Indian journal of veterinary science and animal husbandry - Volume 4,
Year: 1934
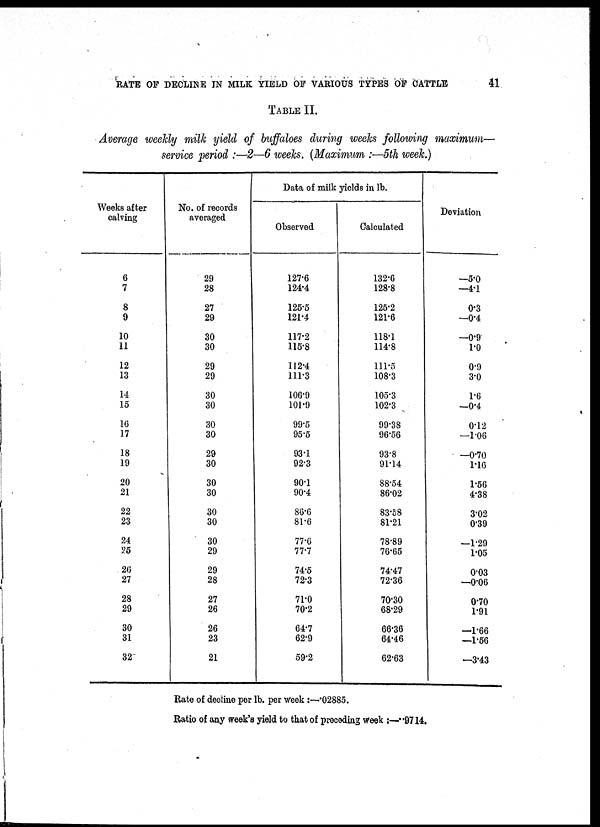
RATE OF DECLINE IN MILK YIELD OF VARIOUS TYPES OF CATTLE
41
TABLE II.
Average weekly milk yield of buffaloes during weeks following maximum—
service period :—2—6 weeks. (Maximum :—5th week.)
Weeks after
calving
6
7
8
9
10
11
12
13
14
15
16
17
18
19
20
21
22
23
24
25
20
27
28
29
30
31
32
No. of records
averaged
29
28
27
29
30
30
29
29
30
30
30
30
29
30
30
30
30
30
30
29
29
28
27
26
26
23
21
Data of milk yields in lb.
Observed
127.6
124.4
125.6
121.4
117.2
115.8
112.4
111.3
106.9
101.9
99.5
95.5
93.1
92.3
90.1
90.4
86.6
81.6
77.6
77.7
74.5
72.3
71.0
70.2
64.7
62.9
59.2
Calculated
132.6
128.8
125.2
121.6
118.1
114.8
111.5
108.3
105.3
102.3
99.38
96.56
93.8
91.14
88.54
86.02
83.58
81.21
78.89
76.65
74.47
72.36
70.30
68.29
66.36
64.46
62.63
Deviation
—5.0
—4.1
0.3
—0.4
—0.9
1.0
0.9
3.0
1.6
—0.4
0.12
—1.06
—0.70
1.16
1.56
4.38
3.02
0.39
—1.29
1.05
0.03
—0.06
0.70
1.91
—1.66
—1.56
—3.43
Rate of decline per lb. per week :—.02885.
Ratio of any week's yield to that of preceding week :—.9714